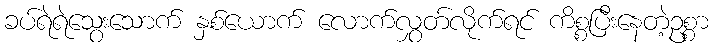
ခပ်ရဲရဲသွေးသောက် နှစ်ယောက် လောက်လွှတ်လိုက်ရင် ကိစ္စပြီးနေတဲ့ဥစ္စာ